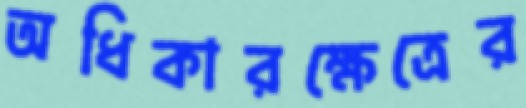
অধিকারক্ষেত্রের